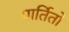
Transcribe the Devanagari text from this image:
पार्तितो